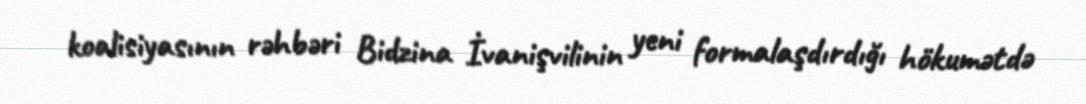
koalisiyasının rəhbəri Bidzina İvanişvilinin yeni formalaşdırdığı hökumətdə